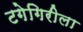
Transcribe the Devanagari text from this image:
टगेगिरीला